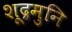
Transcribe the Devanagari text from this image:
शूद्रमुनि